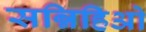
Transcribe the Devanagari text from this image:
सन्निहिओ